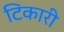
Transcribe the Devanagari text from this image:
टिकारी